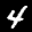
Label: 4